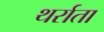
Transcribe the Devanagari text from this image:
थर्राता